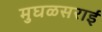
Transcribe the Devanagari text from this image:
मुघळसराई